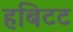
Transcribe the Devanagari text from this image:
हबिटट